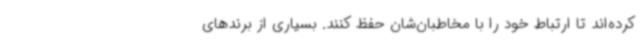
کرده‌اند تا ارتباط خود را با مخاطبان‌شان حفظ کنند. بسیاری از برندهای